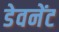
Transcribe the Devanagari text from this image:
डेवनेंट